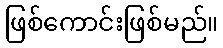
ဖြစ်ကောင်းဖြစ်မည်။